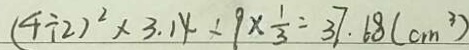
( 4 \div 2 ) ^ { 2 } \times 3 . 1 4 \div 9 \times \frac { 1 } { 3 } = 3 7 . 6 8 ( c m ^ { 3 } )